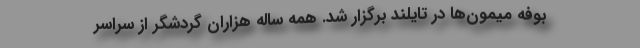
بوفه میمون‌ها در تایلند برگزار شد. همه ساله هزاران گردشگر از سراسر